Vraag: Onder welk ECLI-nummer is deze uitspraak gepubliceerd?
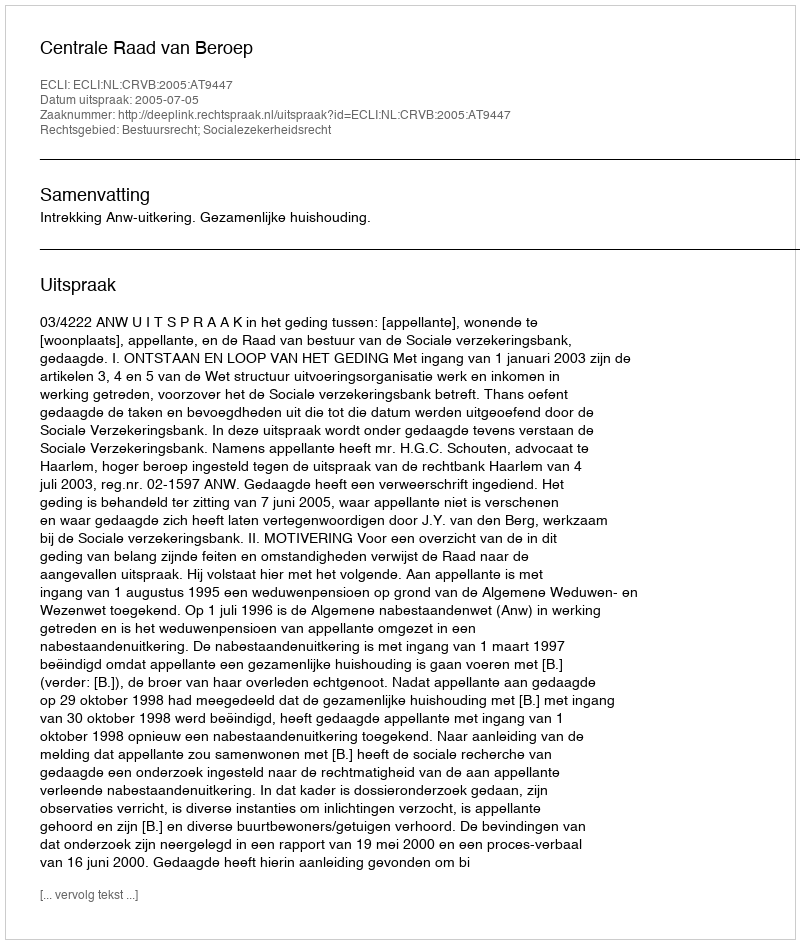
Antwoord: ECLI:NL:CRVB:2005:AT9447